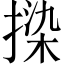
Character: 𫽦